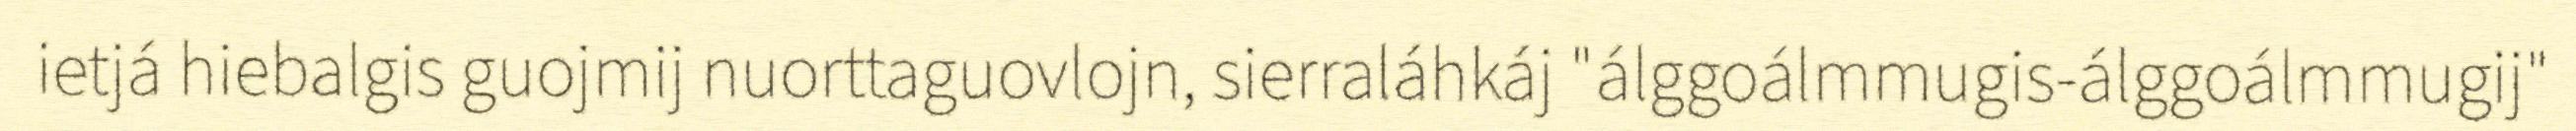
ietjá hiebalgis guojmij nuorttaguovlojn, sierraláhkáj "álggoálmmugis-álggoálmmugij"